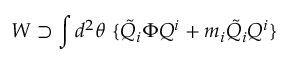
W \supset \int d ^ { 2 } \theta \ \{ { \tilde { Q } } _ { i } \Phi Q ^ { i } + m _ { i } { \tilde { Q } } _ { i } Q ^ { i } \}